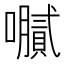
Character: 𫬤